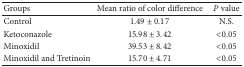
<table><thead><tr><td><b>Groups</b></td><td><b>Mean ratio of color difference</b></td><td><b><i>P</i> value</b></td></tr></thead><tbody><tr><td>Control</td><td>1.49 ± 0.17</td><td>N.S.</td></tr><tr><td>Ketoconazole</td><td>15.98 ± 3.42</td><td>&lt;0.05</td></tr><tr><td>Minoxidil</td><td>39.53 ± 8.42</td><td>&lt;0.05</td></tr><tr><td>Minoxidil and Tretinoin</td><td>15.70 ± 4.71</td><td>&lt;0.05</td></tr></tbody></table>